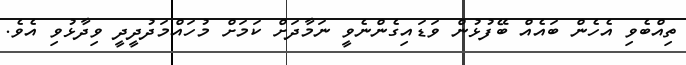
ތިއްބެވި އެހެން ބައެއް ބޭފުޅުން ވަޑައިގެންނެވީ ނަމާދަށް ކަމަށް މުހައްމަދުދީދީ ވިދާޅުވި އެވެ.